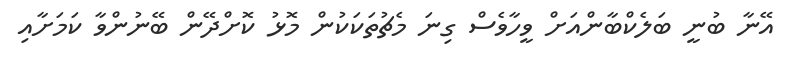
އޭނާ ބުނީ ބަލެކްބާންއަށް ވީހާވެސް ގިނަ މެޗުތަކަކުން މޮޅު ކޮށްދޭން ބޭނުންވާ ކަމަށާއި